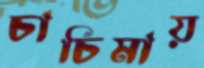
চাচিমায়